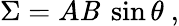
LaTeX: \Sigma=A\mathit{B}\ \sin\theta\ ,